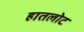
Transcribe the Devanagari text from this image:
हातलोट